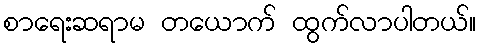
စာရေးဆရာမ တယောက် ထွက်လာပါတယ်။